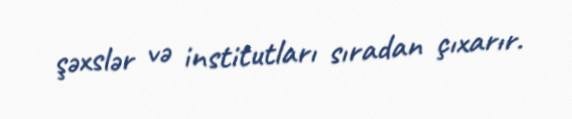
şəxslər və institutları sıradan çıxarır.